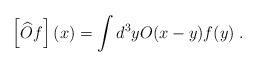
\begin{align*}\left[ \widehat{O}f\right] (x)=\int d^{3}yO(x-y)f(y)\;. \end{align*}